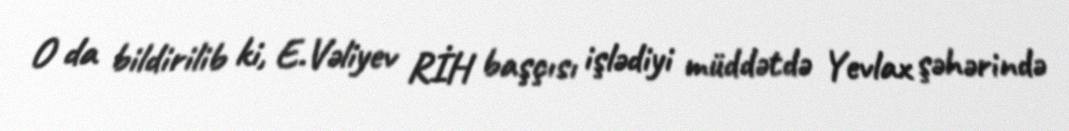
O da bildirilib ki, E.Vəliyev RİH başçısı işlədiyi müddətdə Yevlax şəhərində